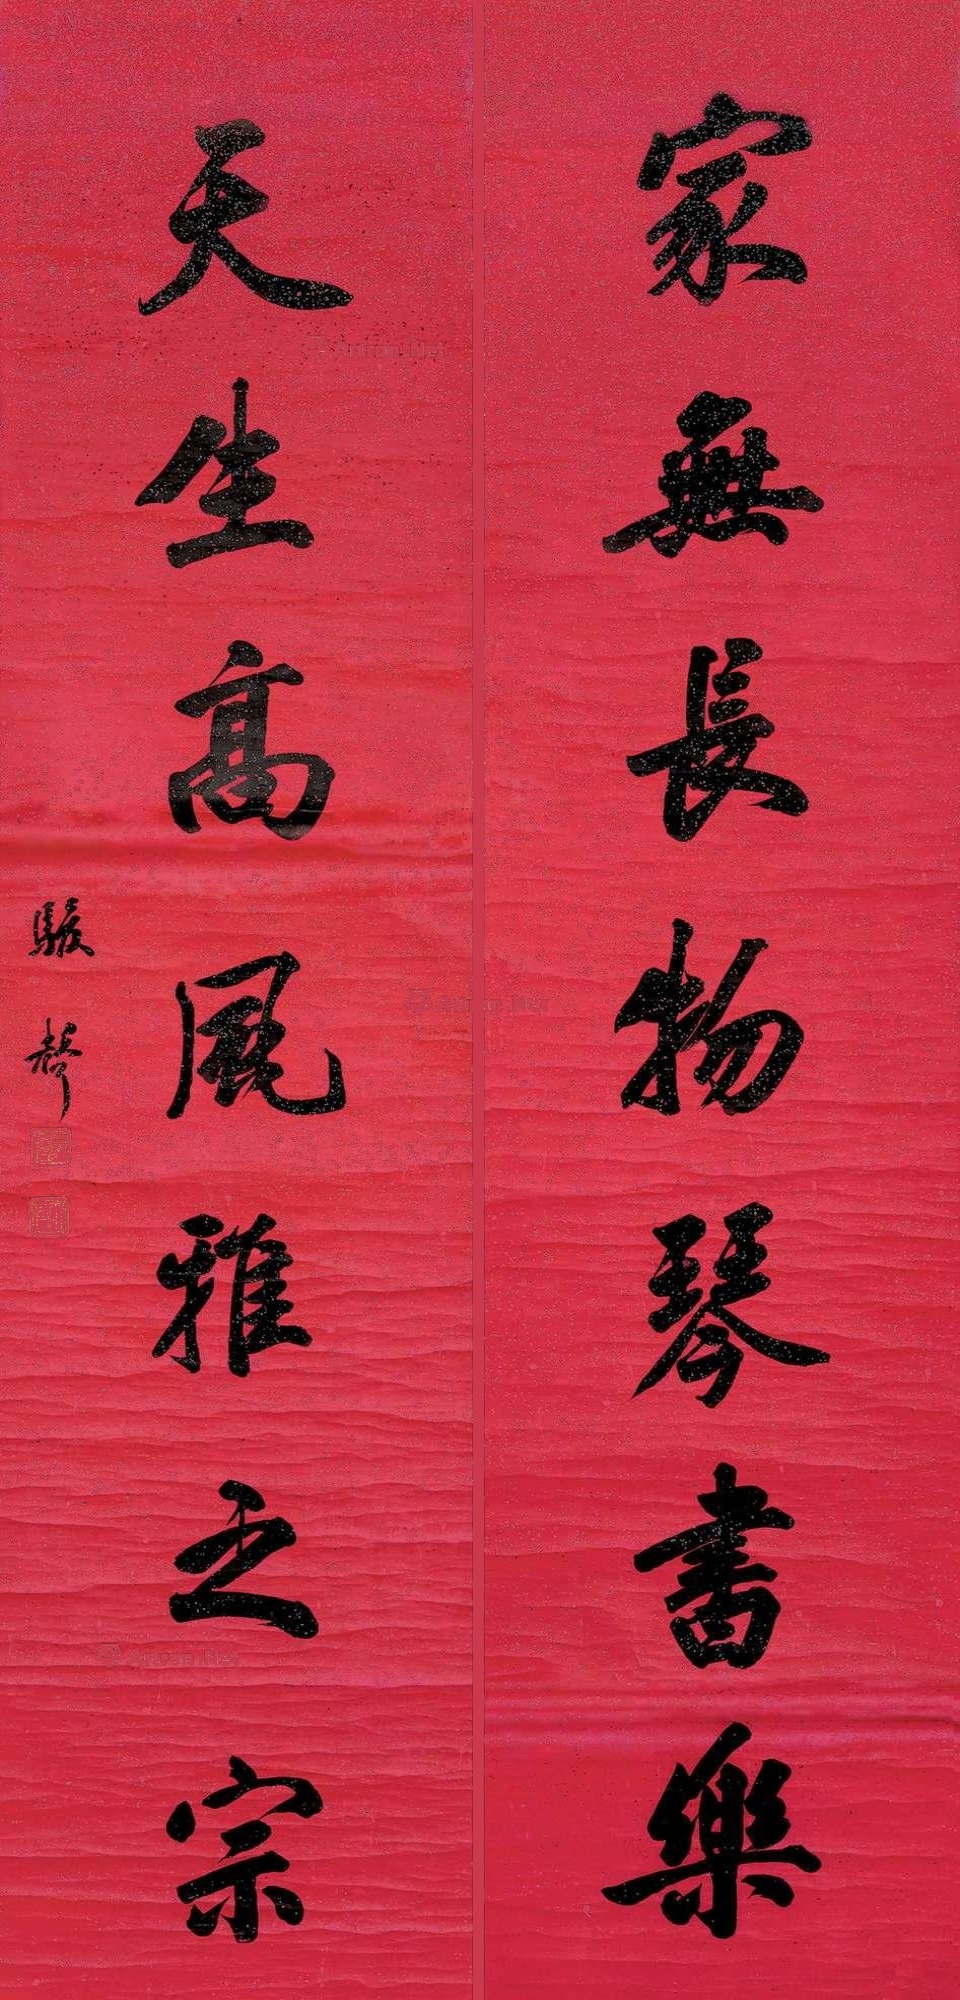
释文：家无长物琴书乐，天生高风雅之宗。骏声。